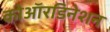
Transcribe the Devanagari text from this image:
कोऑरडिनेशन